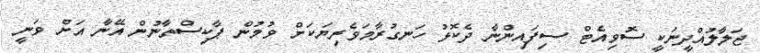
ޖަލާލުއްދީނަކީ ސޮވިއެޓް ސިފައިންނާ ދެކޮޅު ހަނގުރާމަވެރިޔަކަށް ވުމުން ޕާކިސްތާނުން އޭނާ އަށް ވަނީ